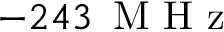
- 2 4 3 \ensuremath { \, \mathrm { ~ M ~ H ~ z ~ } }